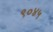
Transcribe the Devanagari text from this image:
९०४५